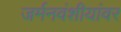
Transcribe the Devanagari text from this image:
जर्मनवंशीयांवर